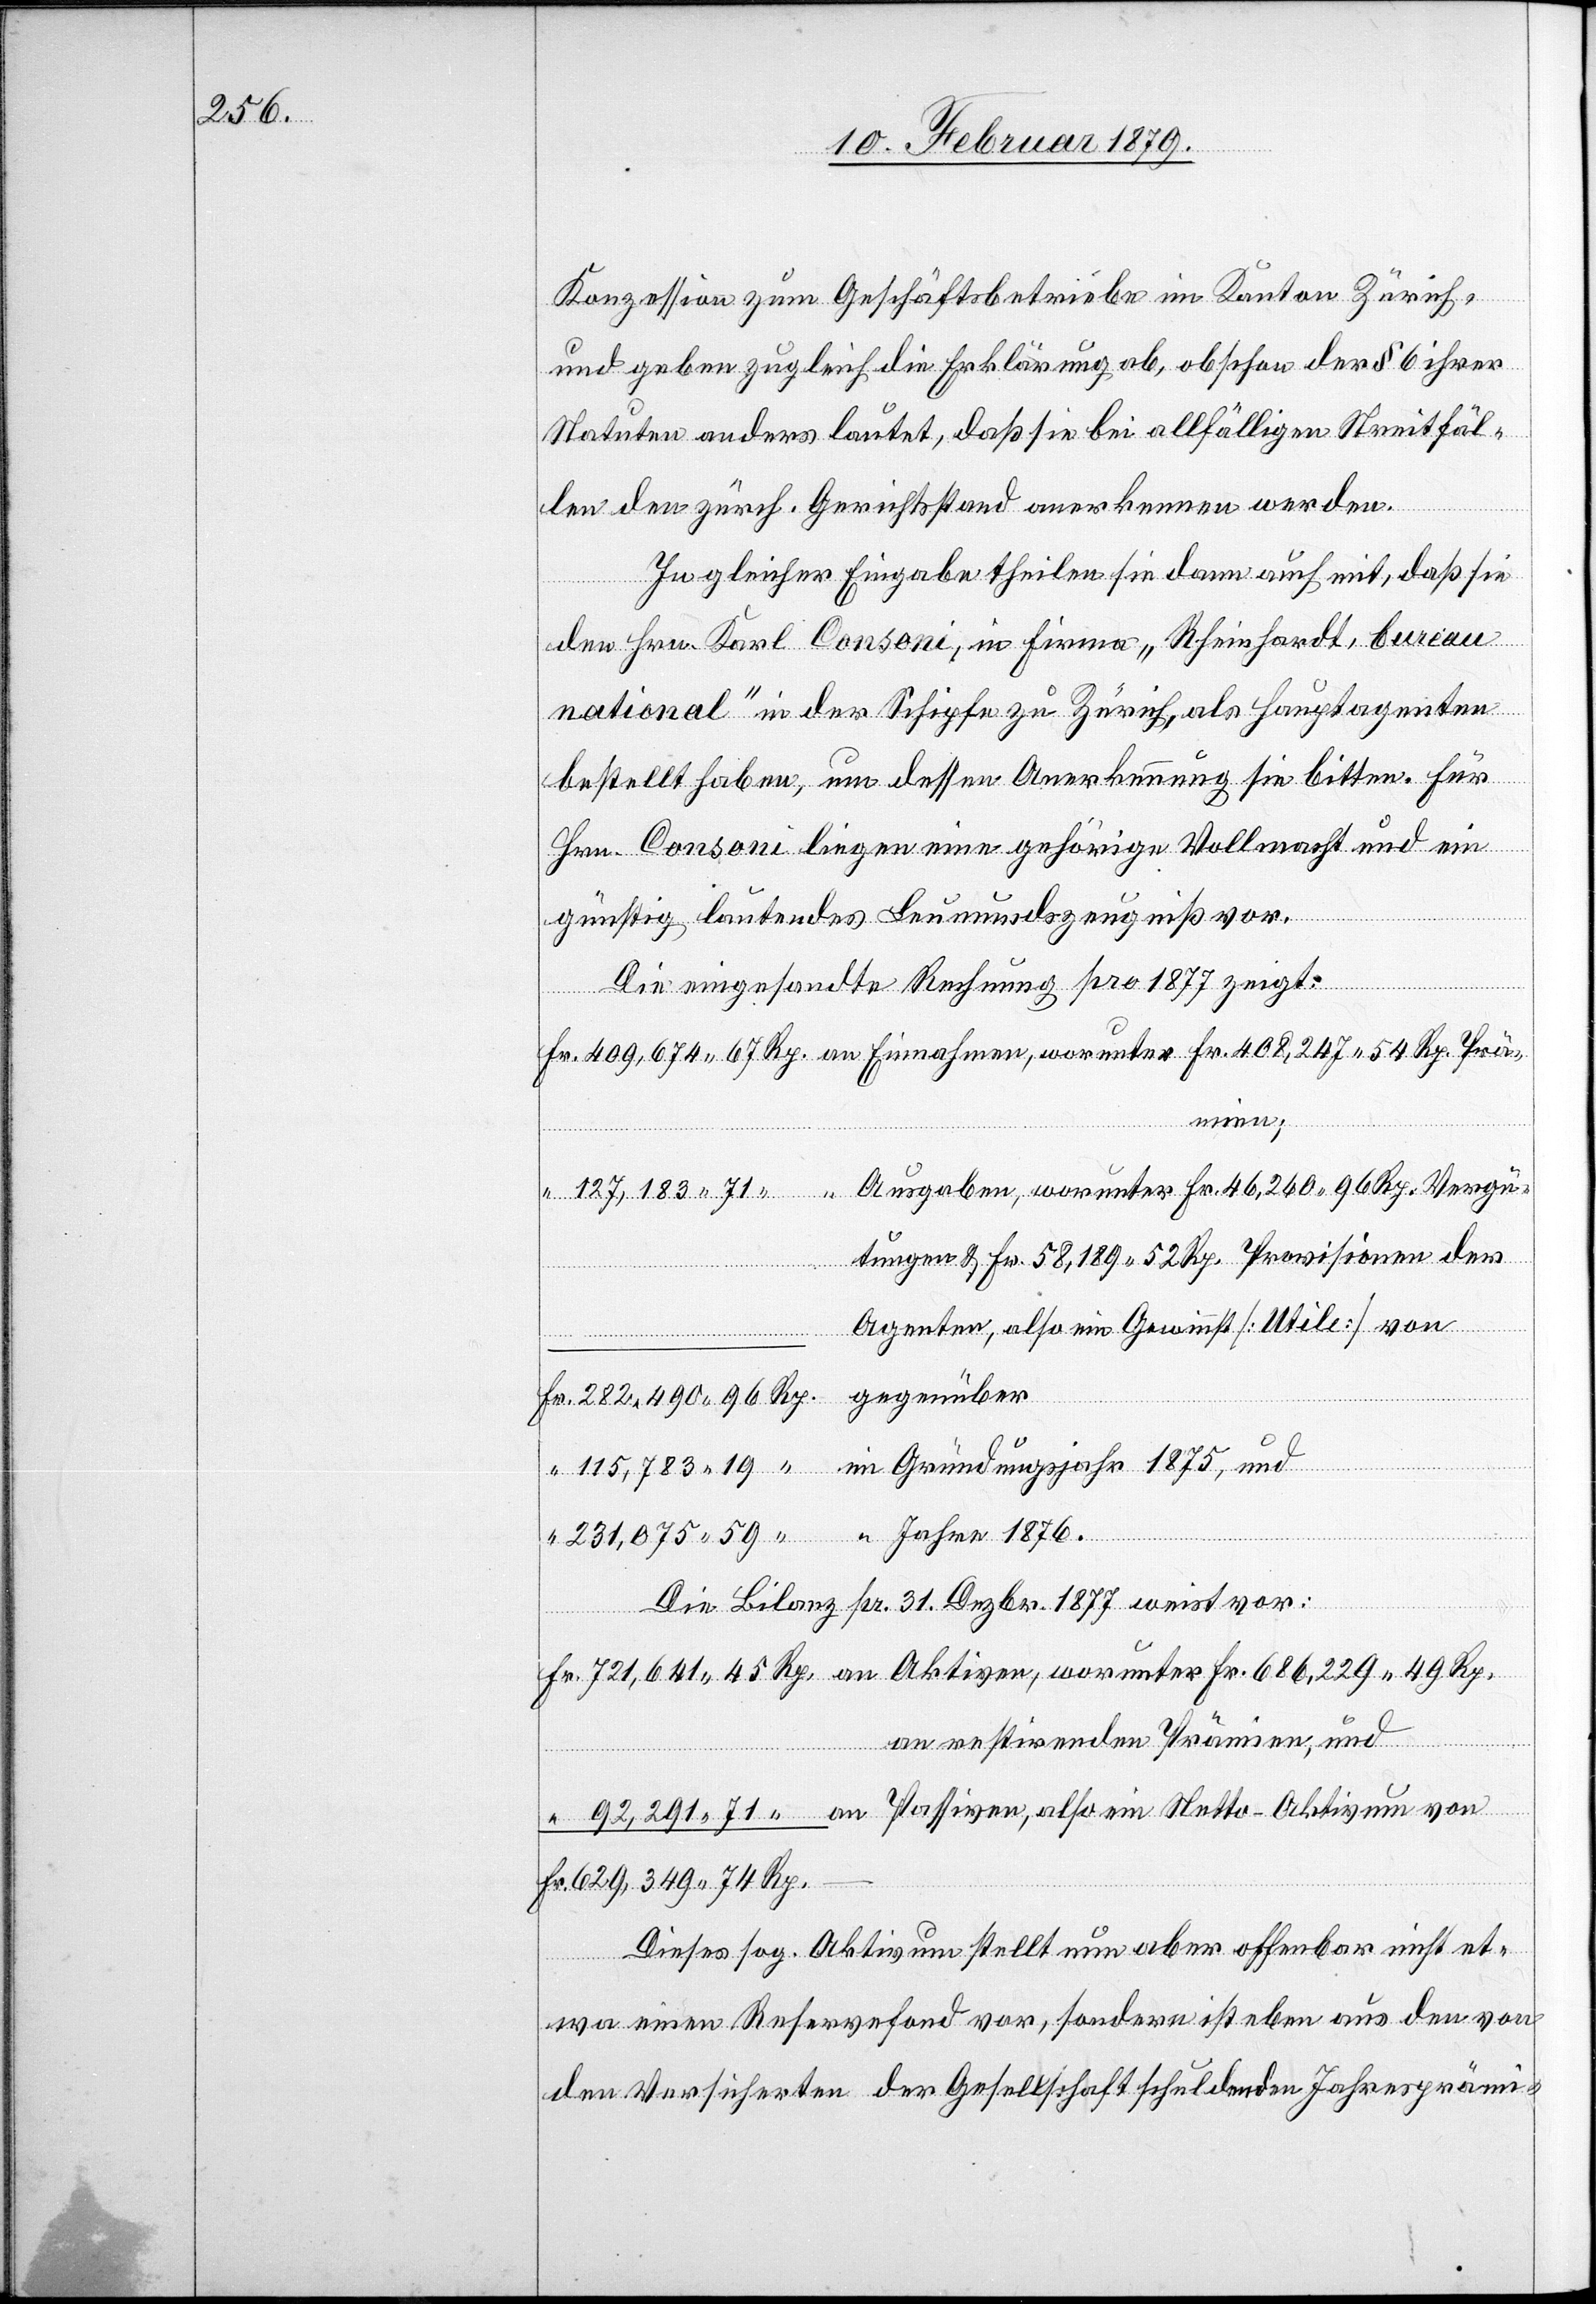
Konzession zum Geschäftsbetriebe im Kanton Zürich,
und geben zugleich die Erklärung ab, obschon der § 6 ihrer
Statuten anders lautet, daß sie bei allfälligen Streitfäl¬
len den zürch. Gerichtsstand anerkennen werden.
In dieser Eingabe theilen sie dann auch mit, daß sie
den Hrn. Karl Consoni, in Firma „Rheinhardt, Bureau
national“ in der Schipfe zu Zürich, als Hauptagenten
bestellt haben, um dessen Anerkennung sie bitten. Für
Hrn. Consoni liegen eine gehörige Vollmacht und ein
günstig lautendes Leumundszeugniß vor.
Die eingesandte Rechnung pro 1877 zeigt:
mien;
Ausgaben, worunter Fr. 46,260 96 Rp. Vergü¬
tungen & Fr. 58,189 52 Rp. Provisionen des
Fr.
Agenten, also ein Gewinnst [Utile] von
Gründungsjahr 1875, und
Jahre 1876.
Rp.
231,075 59
Die Bilanz pr. 31. Dezbr. 1877 weist vor:
worunter
an restirenden Prämien, und
Fr 686,229 49 Rp.
Dieses sog. Aktivum stellt nun aber offenbar nicht et¬
wa einen Reservefond vor, sondern ist eben aus den von
den Versicherten der Gesellschaft schuldenden Jahresprämi-